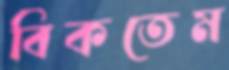
বিকতেম